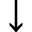
\downarrow